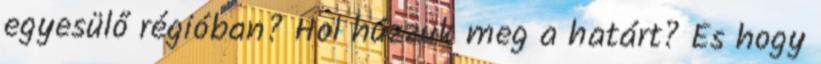
egyesülő régióban? Hol húzzuk meg a határt? És hogy